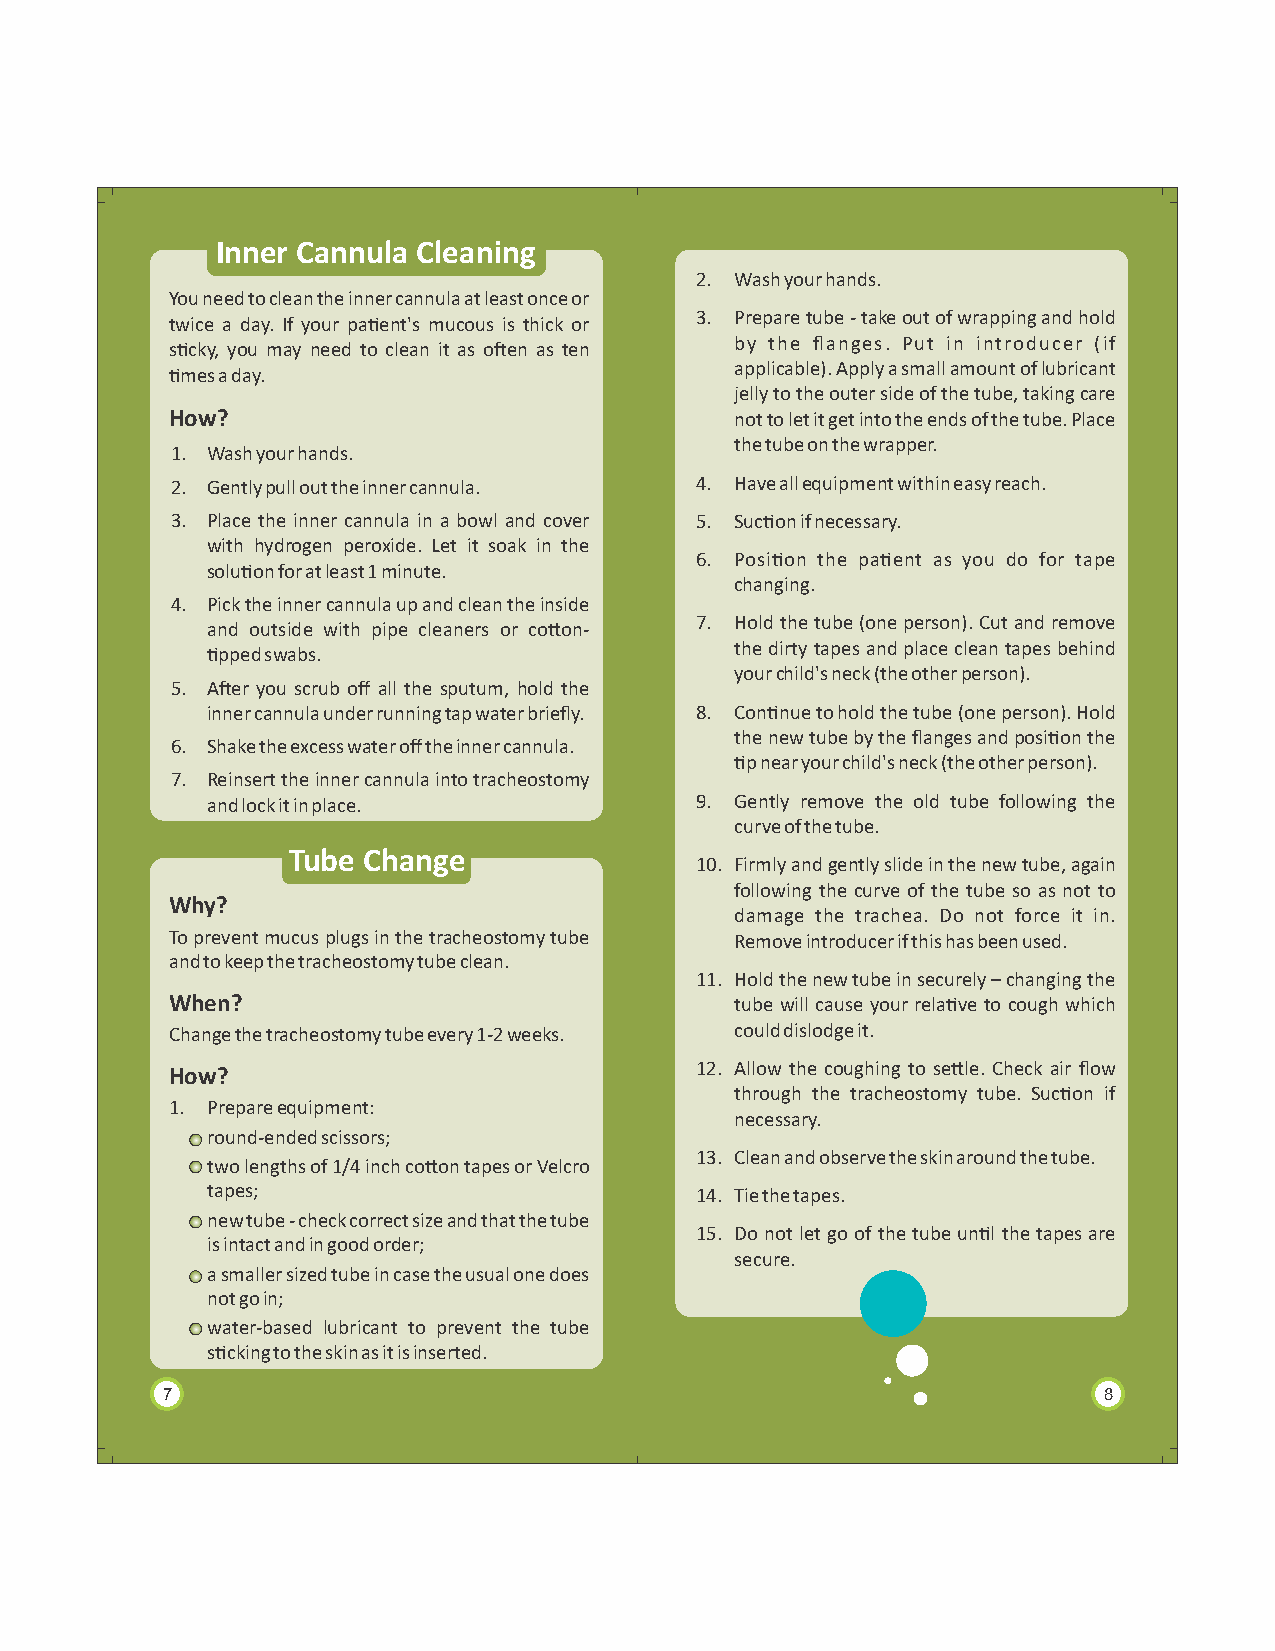
Inner Cannula Cleaning
 2. Wash your hands.
 You need to clean the inner cannula at least once or
 3. Prepare tube - take out of wrapping and hold
 twice a day. If your paent's mucous is thick or
 by the flanges. Put in introducer (if
 scky, you may need to clean it as oen as ten
 applicable). Apply a small amount of lubricant
 mes a day.
 jelly to the outer side of the tube, taking care
 How?                                  not to let it get into the ends of the tube. Place
 the tube on the wrapper.
 1. Wash your hands.
 2. Gently pull out the inner cannula. 4. Have all equipment within easy reach.
 3. Place the inner cannula in a bowl and cover 5. Sucon if necessary.
 with hydrogen peroxide. Let it soak in the
 6. Posion the paent as you do for tape
 soluon for at least 1 minute.
 changing.
 4. Pick the inner cannula up and clean the inside
 7. Hold the tube (one person). Cut and remove
 and outside with pipe cleaners or coon-
 the dirty tapes and place clean tapes behind
 pped swabs.
 your child's neck (the other person).
 5. Aer you scrub off all the sputum, hold the
 inner cannula under running tap water briefly. 8. Connue to hold the tube (one person). Hold
 the new tube by the flanges and posion the
 6. Shake the excess water off the inner cannula.
 p near your child's neck (the other person).
 7. Reinsert the inner cannula into tracheostomy
 and lock it in place.           9. Gently remove the old tube following the
 curve of the tube.
 Tube Change
 10. Firmly and gently slide in the new tube, again
 following the curve of the tube so as not to
 Why?
 damage the trachea. Do not force it in.
 To prevent mucus plugs in the tracheostomy tube Remove introducer if this has been used.
 and to keep the tracheostomy tube clean.
 11. Hold the new tube in securely – changing the
 When?                                 tube will cause your relave to cough which
 Change the tracheostomy tube every 1-2 weeks. could dislodge it.
 How?                               12. Allow the coughing to sele. Check air flow
 through the tracheostomy tube. Sucon if
 1. Prepare equipment:
 necessary.
 round-ended scissors;
 13. Clean and observe the skin around the tube.
 two lengths of 1/4 inch coon tapes or Velcro
 tapes;                          14. Tie the tapes.
 new tube - check correct size and that the tube
 15. Do not let go of the tube unl the tapes are
 is intact and in good order;
 secure.
 a smaller sized tube in case the usual one does
 not go in;
 water-based lubricant to prevent the tube
 scking to the skin as it is inserted.
 7                                                             8